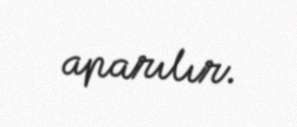
aparılır.